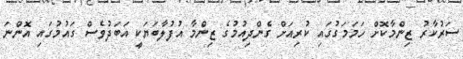
ސަރުކާރު ޒިންމާކޮށް ހަމަމަގުގައި ކުރިއަށް ގެންދިއުމުގެ ޒިންމާ އުފުލާބަޔަކީ އަބަދުވެސް ގައުމުގައި އޮންނަ